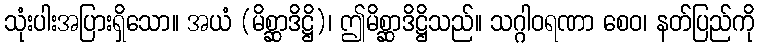
သုံးပါးအပြားရှိသော။ အယံ (မိစ္ဆာဒိဋ္ဌိ)၊ ဤမိစ္ဆာဒိဋ္ဌိသည်။ သဂ္ဂါဝရဏာ စေဝ၊ နတ်ပြည်ကို